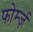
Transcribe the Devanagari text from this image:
फोर्म्ज़